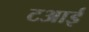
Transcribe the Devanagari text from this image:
टआई